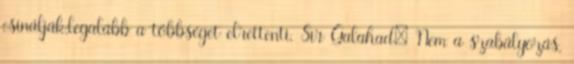
csinálják,legalább a többséget elrettenti. Sir Galahad: Nem a szabályozás,